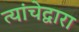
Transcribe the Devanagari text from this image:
त्यांचेद्वारा